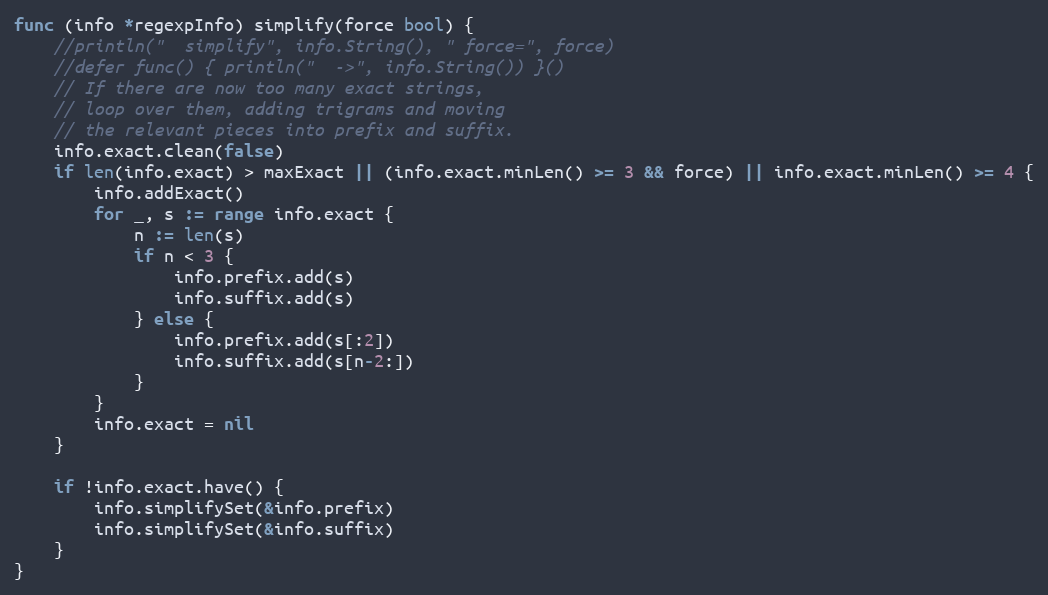
Language: Go
func (info *regexpInfo) simplify(force bool) {
	//println("  simplify", info.String(), " force=", force)
	//defer func() { println("  ->", info.String()) }()
	// If there are now too many exact strings,
	// loop over them, adding trigrams and moving
	// the relevant pieces into prefix and suffix.
	info.exact.clean(false)
	if len(info.exact) > maxExact || (info.exact.minLen() >= 3 && force) || info.exact.minLen() >= 4 {
		info.addExact()
		for _, s := range info.exact {
			n := len(s)
			if n < 3 {
				info.prefix.add(s)
				info.suffix.add(s)
			} else {
				info.prefix.add(s[:2])
				info.suffix.add(s[n-2:])
			}
		}
		info.exact = nil
	}

	if !info.exact.have() {
		info.simplifySet(&info.prefix)
		info.simplifySet(&info.suffix)
	}
}